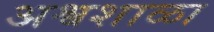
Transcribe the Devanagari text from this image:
अश्वशाळा